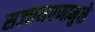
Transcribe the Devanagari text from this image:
सज्जनपणामुळे